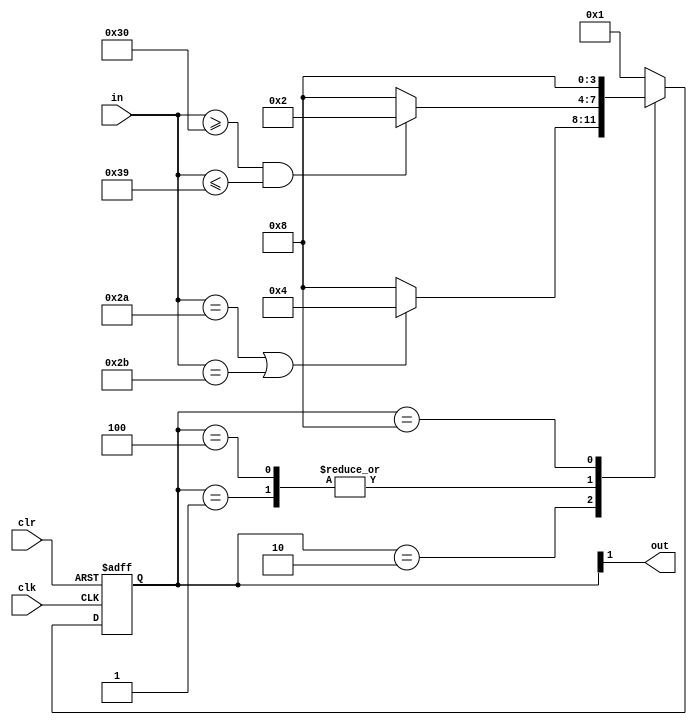
`timescale 1ns / 1ps
//////////////////////////////////////////////////////////////////////////////////
// Company: 
// Engineer: 
// 
// Design Name: 
// Module Name:    string 
// Project Name: 
// Target Devices: 
// Tool versions: 
// Description: 
//
// Dependencies: 
//
// Revision: 
// Revision 0.01 - File Created
// Additional Comments: 
//
//////////////////////////////////////////////////////////////////////////////////
module string(
    input clk,
    input clr,
    input [7:0] in,
    output out
    );
	
	parameter	s0 = 4'b0001,
				s1 = 4'b0010,
				s2 = 4'b0100,
				s3 = 4'b1000;
				
	reg [3:0] state;
	
	initial begin
		state = 4'b0001;
	end
	
	always @(posedge clk, posedge clr) begin
		if(clr)
			state <= s0;
		else begin
			case(state)
				s0:
				begin
					if(in>=48 && in<=57)
						state <= s1;
					else
						state <= s3;
				end
				s1:
				begin
					if(in==42 || in==43)
						state <= s2;
					else
						state <= s3;
				end
				s2:
				begin
					if(in>=48 && in<=57)
						state <= s1;
					else
						state <= s3;
				end
				s3:
					state <= s3;
				default:
					state <= s0;
			endcase
		end
	end
	
	assign out = state[1];


endmodule